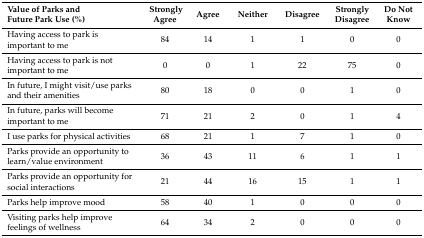
<table><thead><tr><td><b>Value of Parks and Future Park Use (%)</b></td><td><b>Strongly Agree</b></td><td><b>Agree</b></td><td><b>Neither</b></td><td><b>Disagree</b></td><td><b>Strongly Disagree</b></td><td><b>Do Not Know</b></td></tr></thead><tbody><tr><td>Having access to park is important to me</td><td>84</td><td>14</td><td>1</td><td>1</td><td>0</td><td>0</td></tr><tr><td>Having access to park is not important to me</td><td>0</td><td>0</td><td>1</td><td>22</td><td>75</td><td>0</td></tr><tr><td>In future, I might visit/use parks and their amenities</td><td>80</td><td>18</td><td>0</td><td>0</td><td>1</td><td>0</td></tr><tr><td>In future, parks will become important to me</td><td>71</td><td>21</td><td>2</td><td>0</td><td>1</td><td>4</td></tr><tr><td>I use parks for physical activities</td><td>68</td><td>21</td><td>1</td><td>7</td><td>1</td><td>0</td></tr><tr><td>Parks provide an opportunity to learn/value environment</td><td>36</td><td>43</td><td>11</td><td>6</td><td>1</td><td>1</td></tr><tr><td>Parks provide an opportunity for social interactions</td><td>21</td><td>44</td><td>16</td><td>15</td><td>1</td><td>1</td></tr><tr><td>Parks help improve mood</td><td>58</td><td>40</td><td>1</td><td>0</td><td>0</td><td>0</td></tr><tr><td>Visiting parks help improve feelings of wellness</td><td>64</td><td>34</td><td>2</td><td>0</td><td>0</td><td>0</td></tr></tbody></table>